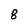
Character: 8